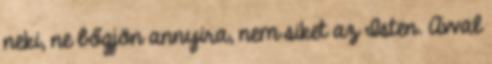
neki, ne bőgjön annyira, nem siket az Isten. Avval